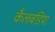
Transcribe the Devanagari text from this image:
कैलबडिया